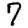
Digit: 7